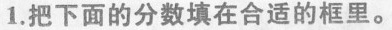
1.把下面的分数填在合适的框里。